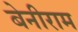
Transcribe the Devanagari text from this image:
बेनीराम